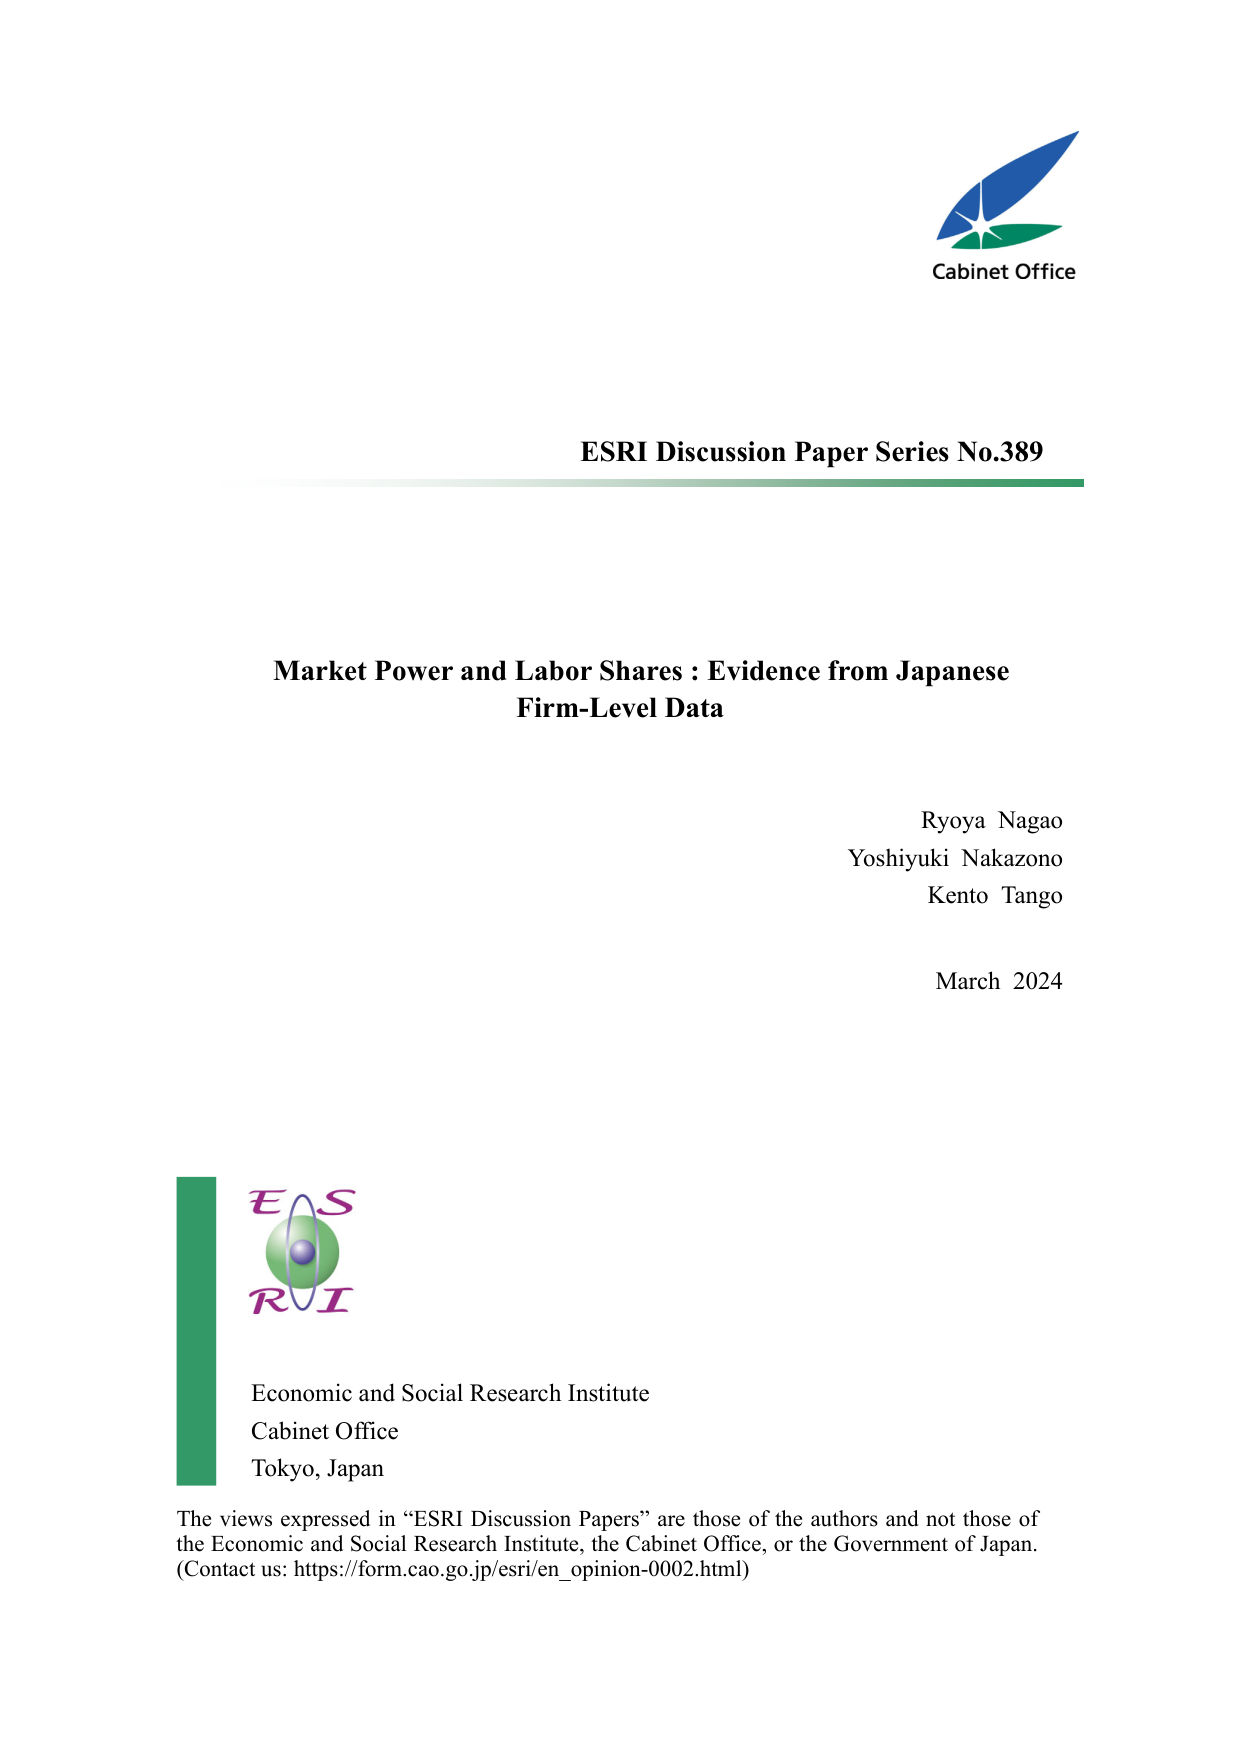
Cabinet Office

ESRI Discussion Paper Series No.389

Market Power and Labor Shares : Evidence from Japanese
Firm-Level Data

Ryoya Nagao
Yoshiyuki Nakazono
Kento Tango

March 2024

E S
R I

Economic and Social Research Institute
Cabinet Office
Tokyo, Japan

The views expressed in “ESRI Discussion Papers” are those of the authors and not those of
the Economic and Social Research Institute, the Cabinet Office, or the Government of Japan.
(Contact us: https://form.cao.go.jp/esri/en_opinion-0002.html)